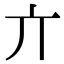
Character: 亣